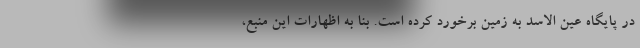
در پایگاه عین الاسد به زمین برخورد کرده است. بنا به اظهارات این منبع،